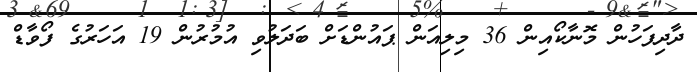
ދާދިފަހުން މޮނާކޯއިން 36 މިލިއަން ޕައުންޑަށް ބަދަލުވި އުމުރުން 19 އަހަރުގެ ފޯވާޑް